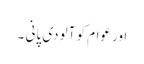
اور عوام کو آلودی پانی ۔